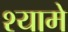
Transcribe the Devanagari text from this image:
श्यामे